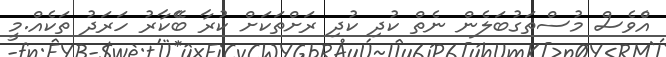
އެްވެސް މުސްތަގުބަލެން ނެތް ކުދި ކުދި ރަށްތަކަށް ކުރާ ބެޭކާރު ހަރަދު ތަކެއް.މީ